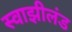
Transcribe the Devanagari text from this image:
स्वाझीलंड